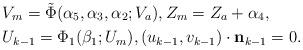
LaTeX: \begin{align*}&V_m=\tilde{\Phi}(\alpha_5,\alpha_3,\alpha_2;V_a),Z_m=Z_a+\alpha_4,\\&U_{k-1}=\Phi_1(\beta_1;U_m),(u_{k-1},v_{k-1}) \cdot \textbf{n}_{k-1}=0.\end{align*}